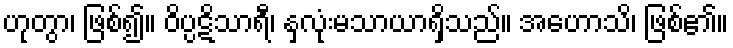
ဟုတွာ၊ ဖြစ်၍။ ဝိပ္ပဋိသာရီ၊ နှလုံးမသာယာရှိသည်။ အဟောသိ၊ ဖြစ်၏။